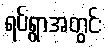
ရပ်ရွာအတွင်း